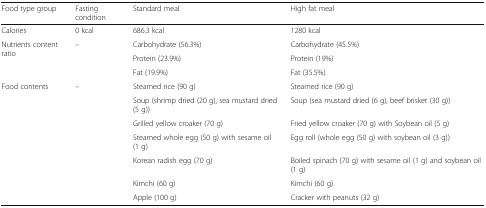
<table><thead><tr><td><b>Food type group</b></td><td><b>Fasting condition</b></td><td><b>Standard meal</b></td><td><b>High fat meal</b></td></tr></thead><tbody><tr><td>Calories</td><td>0 kcal</td><td>686.3 kcal</td><td>1280 kcal</td></tr><tr><td rowspan="3">Nutrients content ratio</td><td rowspan="3">–</td><td>Carbohydrate (56.3%)</td><td>Carbohydrate (45.5%)</td></tr><tr><td>Protein (23.9%)</td><td>Protein (19%)</td></tr><tr><td>Fat (19.9%)</td><td>Fat (35.5%)</td></tr><tr><td rowspan="7">Food contents</td><td rowspan="7">–</td><td>Steamed rice (90 g)</td><td>Steamed rice (90 g)</td></tr><tr><td>Soup (shrimp dried (20 g), sea mustard dried (5 g))</td><td>Soup (sea mustard dried (6 g), beef brisket (30 g))</td></tr><tr><td>Grilled yellow croaker (70 g)</td><td>Fried yellow croaker (70 g) with Soybean oil (5 g)</td></tr><tr><td>Steamed whole egg (50 g) with sesame oil (1 g)</td><td>Egg roll (whole egg (50 g) with soybean oil (3 g))</td></tr><tr><td>Korean radish egg (70 g)</td><td>Boiled spinach (70 g) with sesame oil (1 g) and soybean oil (1 g)</td></tr><tr><td>Kimchi (60 g)</td><td>Kimchi (60 g)</td></tr><tr><td>Apple (100 g)</td><td>Cracker with peanuts (32 g)</td></tr></tbody></table>